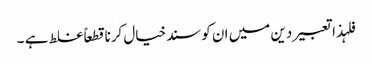
فلہذاتعبیردین میں ان کوسندخیال کرناقطعاً غلط ہے ۔